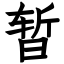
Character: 暂